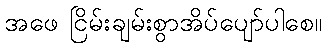
အဖေ ငြိမ်းချမ်းစွာအိပ်ပျော်ပါစေ။